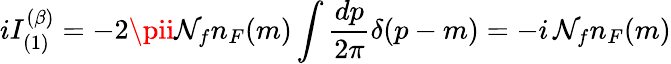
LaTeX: iI_{(1)}^{(\beta)}=-2\pii\mathcal{N}_{f}n_{F}(m)\int{\frac{{dp}}{{2\pi}}}\delta(p-m)=-i\, \mathcal{N}_{f}n_{F}(m)